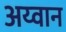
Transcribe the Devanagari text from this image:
अय्वान